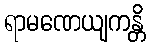
ရာမဏေယျကန္တိ